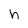
Character: h